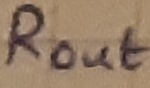
Text: ROUT